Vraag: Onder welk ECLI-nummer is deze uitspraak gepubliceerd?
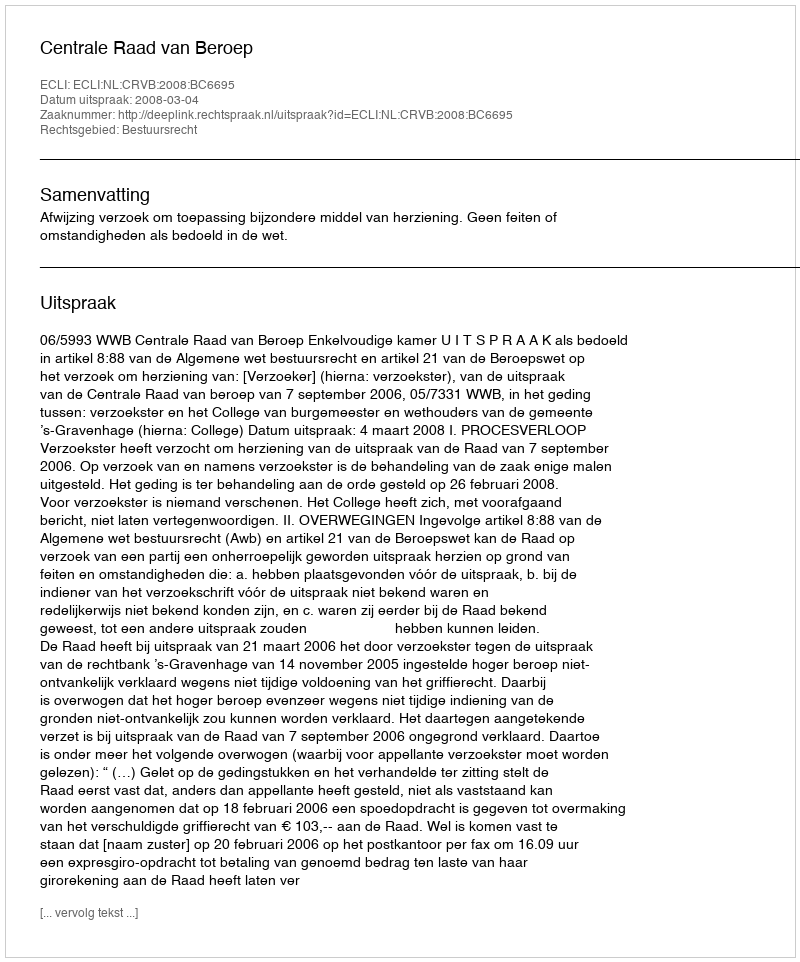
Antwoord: ECLI:NL:CRVB:2008:BC6695